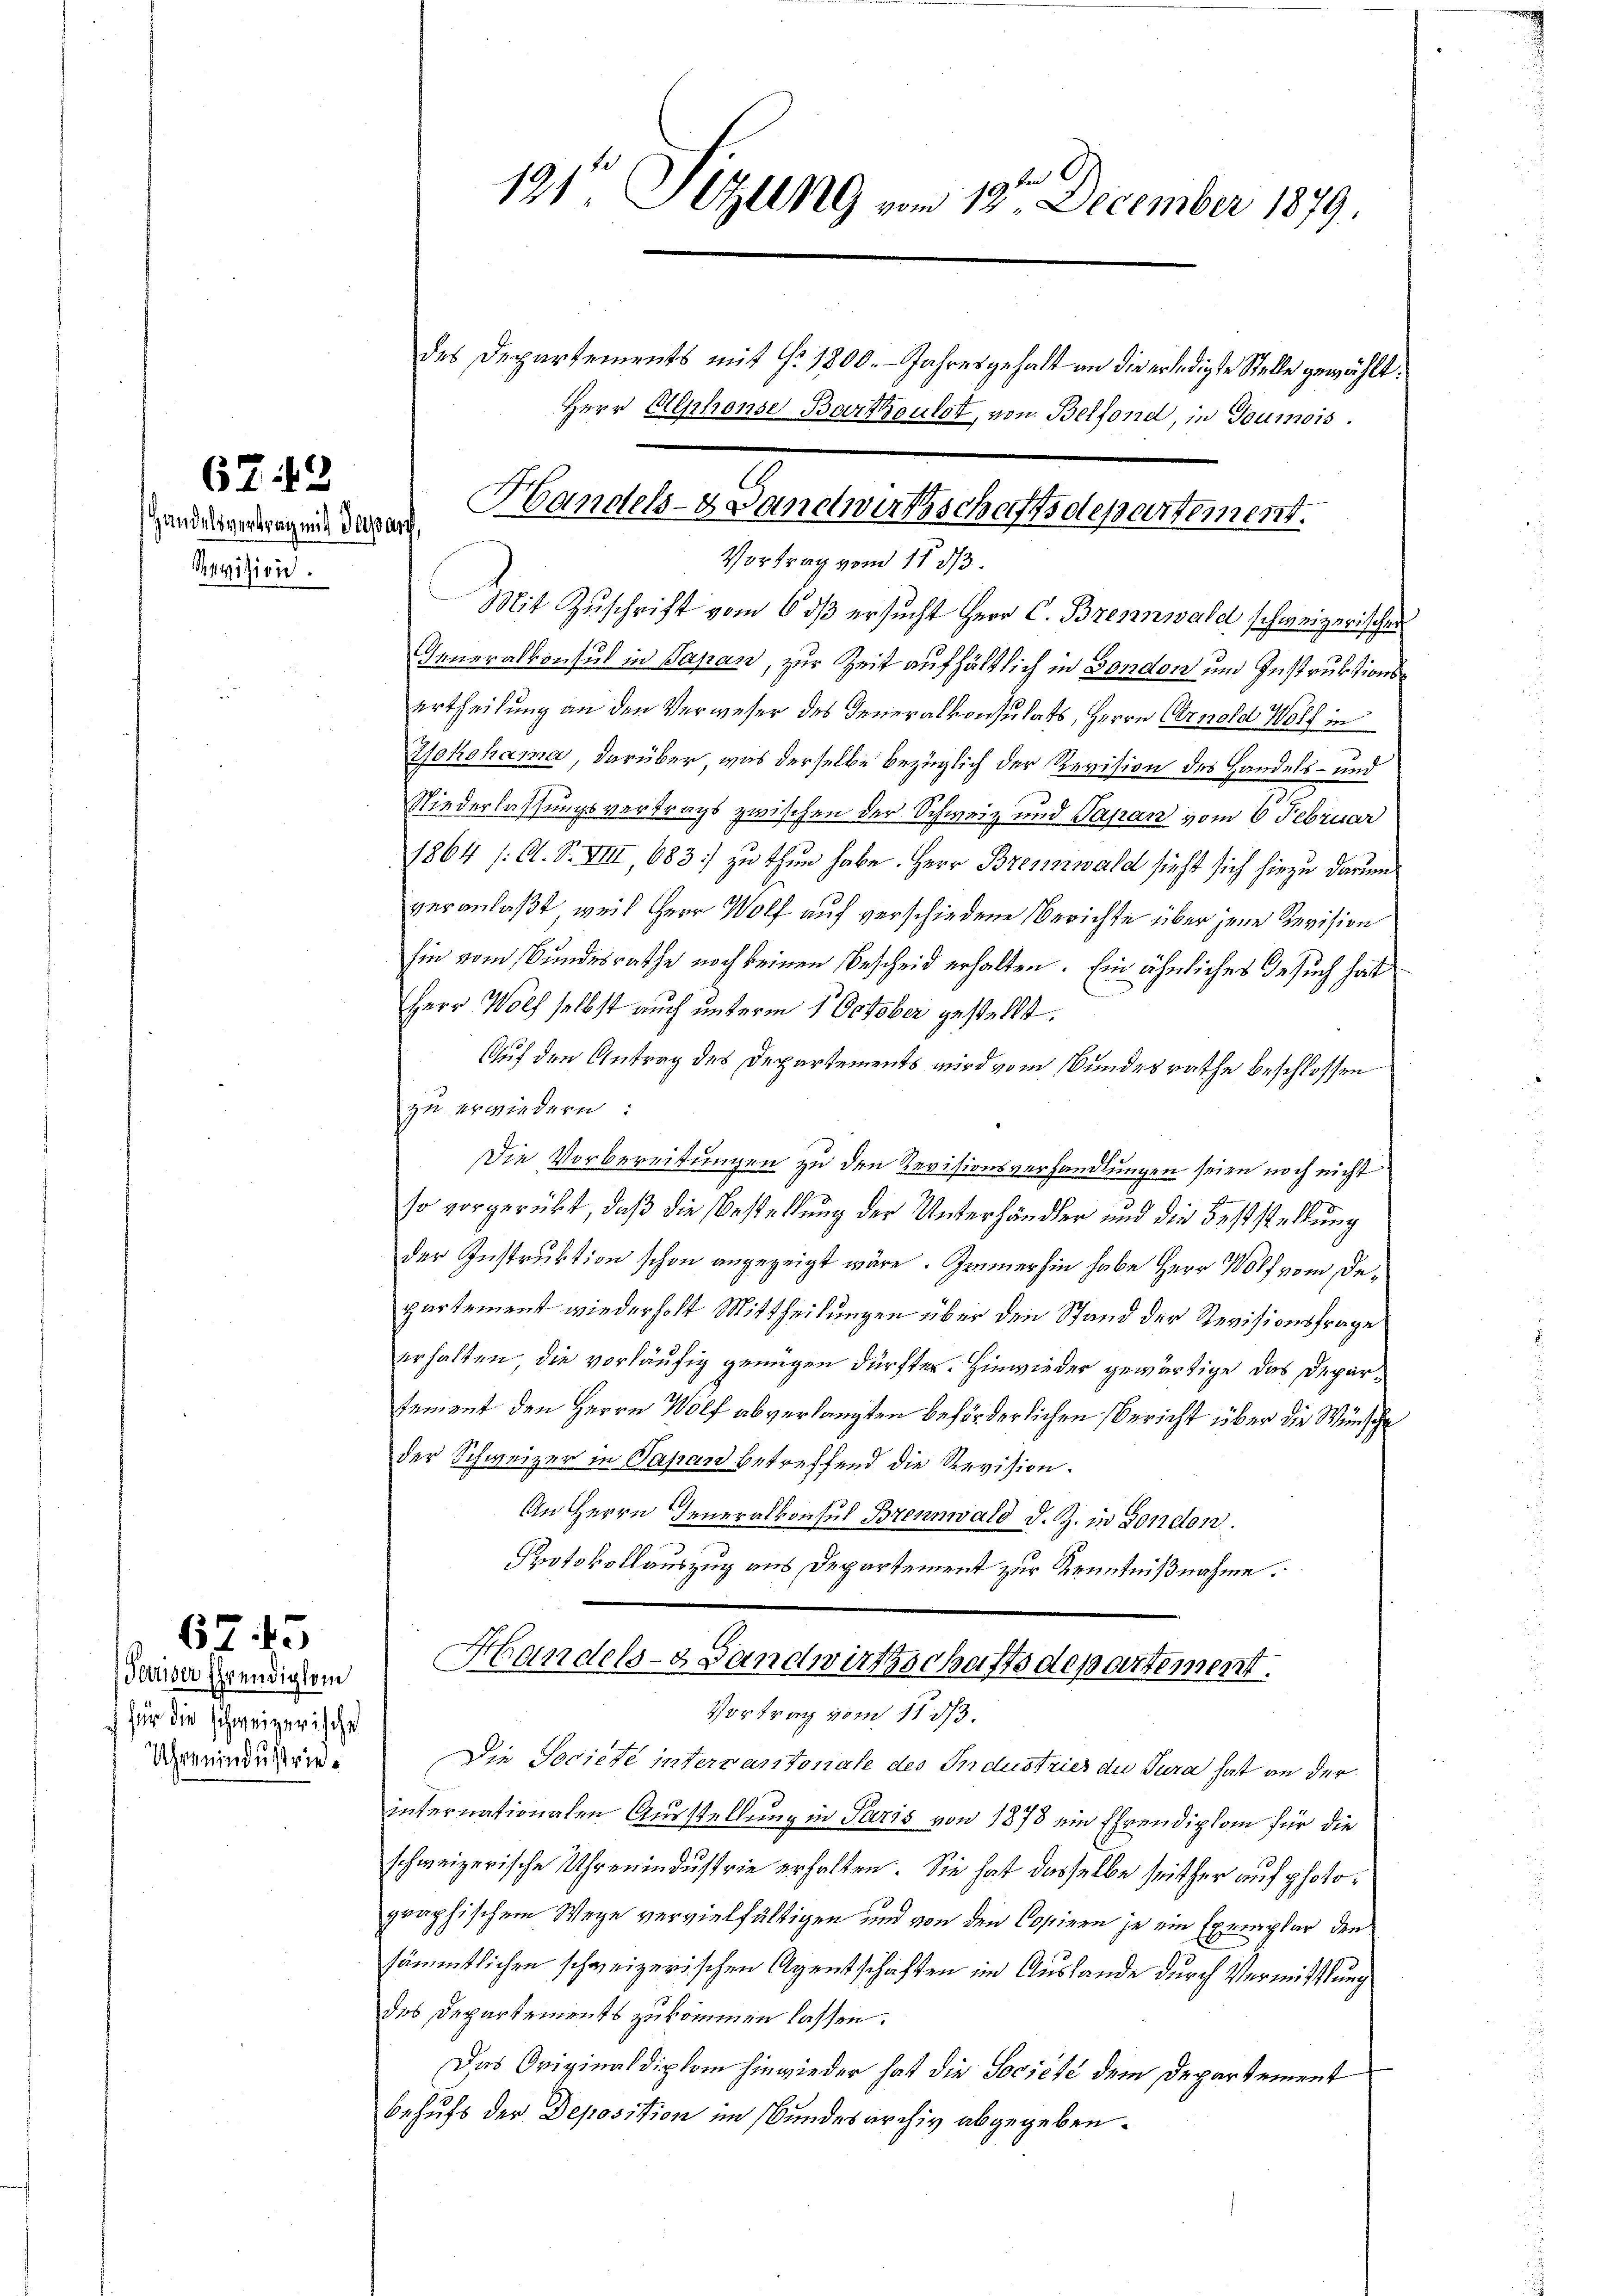
Handelsvertrag mit Japan,
Revision.

67:12

Pariser Ehrendigkei
für die schweizerische
Uhrenindustries

645

Vortrag vom 11. ds.
Mit Zuschrift vom 6 dß ersucht Herr C. Brennwald schweizerischer
Inneralkonsul in Sapan, zur Zeit aufhältlich in Bondon und Instruktionsurtheilung an den Verweser des Generalkonsulats, Herrn Cernold Wolf in
Yokohama, darüber was derselbe bezüglich der Revision des Handels- und
Niederlassungsvertrags zwischen der Schweiz und Papan vom 6. Februar
1864 /: A. S. VIII, 683] zu thun habe. Herr Brennwald sieht sich hiezu darum
veranlaßt, weil Herr Wolf auf verschiedene Berichte über jene Revision
hin vom Bundesrathe noch keinen Bescheid erhalten. Ein ähnliches Gesuch hat
Herr Wolf selbst auch unterm 1. October gestellt.
Auf den Antrag des Departements wird vom Bundesrathe beschlossen
zu erwiedern:
Die Vorbereitungen zu den Revisionsverhandlungen seien noch nicht
so vorgerükt, daß die Bestellung der Unterhändler und die Feststellung
der Instruktion schon angezeigt wäre. Immerhin habe Herr Wolf vom Departement wiederholt Mittheilungen über den Stand der Revisionsfrage
erhalten die vorläufig genügen dürften. Hinwieder gewärtige das Departement den Herrn Wolf abverlangten beförderlichen Bericht über die Wünsche
der Schweizer in Papan betreffend die Revision.
An Herrn Generalkonsul Brennwald d. Z. in London.
Protokollauszug aus Departement zur Kenntnißnahme.
Handels- Landwirthschaftsdepartement.

131 Sitzung vom 13ten December 1879.

des Departements mit §. 1800. Jahresgehalt an die erledigte Stelle gewählt.
Herr Alphonse Bartoulot, von Belfond, in Goumois.

Handels- Landwirtschaftsdepartement.

Vortrag vom 11. ds.
Die Societe intervantonale des Industries die Jura hat an der
internationalen Ausstellung in Paris von 1878 ein Ehrendiplom für die
schweizerische Uhrenindustrie erhalten. Sie hat dasselbe seither auf photographischem Wege vervielfältigen und von den Copiren je ein Exemplar den
sämmtlichen schweizerischen Agentschaften im Auslande durch Vermittlung
des Departements zukommen lassen.
Das Originaldiplom hinwieder hat die Société dem Departement
behufs der Deposition im Bundesarchiv abgegeben.